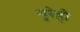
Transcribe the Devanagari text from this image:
गुरेही